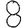
Digit: 8